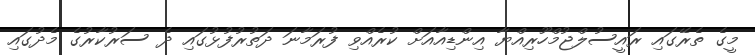
މީގެ ތެރޭގައި ރައީސުލްޖުމްހޫރިއްޔާ އިންޑިއާއަށް ކުރެއްވި ފުރަމާނަ ދަތުރުފުޅުގައި ދެ ސަރުކާރުގެ މެދުގައި